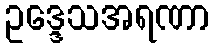
ဥဒ္ဒေသအရဏာ